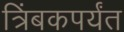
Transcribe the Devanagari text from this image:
त्रिंबकपर्यंत